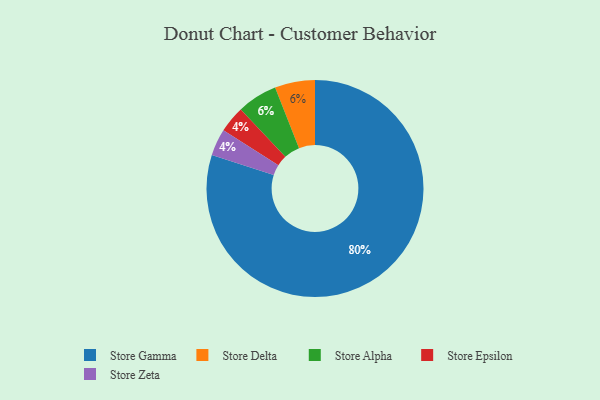
{"axis": {"x": "Category", "y": "Percentage"}, "legend": ["Store Alpha", "Store Delta", "Store Epsilon", "Store Gamma", "Store Zeta"], "data": [{"x": "Store Epsilon", "y": 4, "type": "Store Epsilon"}, {"x": "Store Gamma", "y": 80, "type": "Store Gamma"}, {"x": "Store Zeta", "y": 4, "type": "Store Zeta"}, {"x": "Store Delta", "y": 6, "type": "Store Delta"}, {"x": "Store Alpha", "y": 6, "type": "Store Alpha"}]}